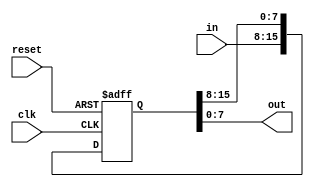
`timescale 1ns/10ps
/*
synchronizer.v
2019-04-05 Samuel B Powell
samuel.powell@uq.edu.au

A shift register serial read/write only, meant for synchronizing registers
across clock domains.

synchronizer #(
    .Width(8), 
    .Stages(2),   //number of shift registers
    .Init(0),     //if nonzero, initialize each register to InitValue
    .InitValue(0) //initial & reset value
) sync_0 (
    .clk(),   //in: output clock
    .reset(), //in: active high reset
    .in(),    //in [Width]: data in
    .out()    //out [Width]: data out, delayed by Stages clk cycles
);
*/

module synchronizer #(
    parameter Width = 8,
    parameter Stages = 2,
    parameter Init = 0,
    parameter InitValue = 0
) (
    input wire clk,
    input wire reset,
    input wire [Width-1:0] in,
    output wire [Width-1:0] out
);
generate
if(Stages == 0) begin
    assign out = in;
end else begin
    reg [Width*Stages-1:0] shiftreg;
    assign out = shiftreg[Width-1:0];
    always @(posedge clk or posedge reset) begin
        if(reset == 1'b1) begin
            shiftreg <= {Stages{InitValue[Width-1:0]}};
        end else begin
            shiftreg <= {in, shiftreg[Width*Stages-1:Width]};
        end
    end
    if(Init != 0) initial begin
        shiftreg = {Stages{InitValue[Width-1:0]}};
    end
end
endgenerate
endmodule